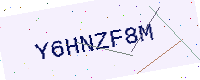
Text: Y6HNZF8M